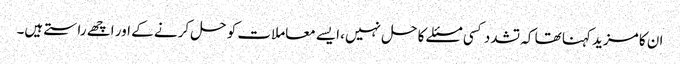
ان کا مزید کہنا تھا کہ تشدد کسی مسئلے کا حل نہیں، ایسے معاملات کو حل کرنے کے اور اچھے راستے ہیں۔